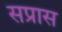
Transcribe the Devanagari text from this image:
सप्रास